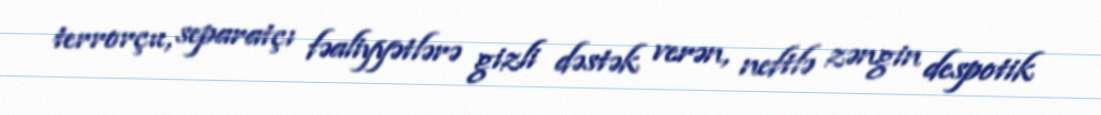
terrorçu, separatçı fəaliyyətlərə gizli dəstək verən, neftlə zəngin despotik